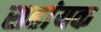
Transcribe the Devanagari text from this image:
सहांयक